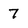
Character: 7